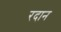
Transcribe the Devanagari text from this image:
रदान